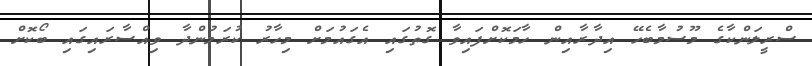
ސްރީލަންކާގެ މޫސުމާބެހޭ އިދާރާއިން ހާމަކޮށްފައިވާ ގޮތުގައި އެގައުމަށް މިހާރު ކުރަމުންދާ ވިއްސާރައިގައި ބޯކޮށް